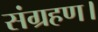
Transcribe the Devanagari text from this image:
संग्रहण।